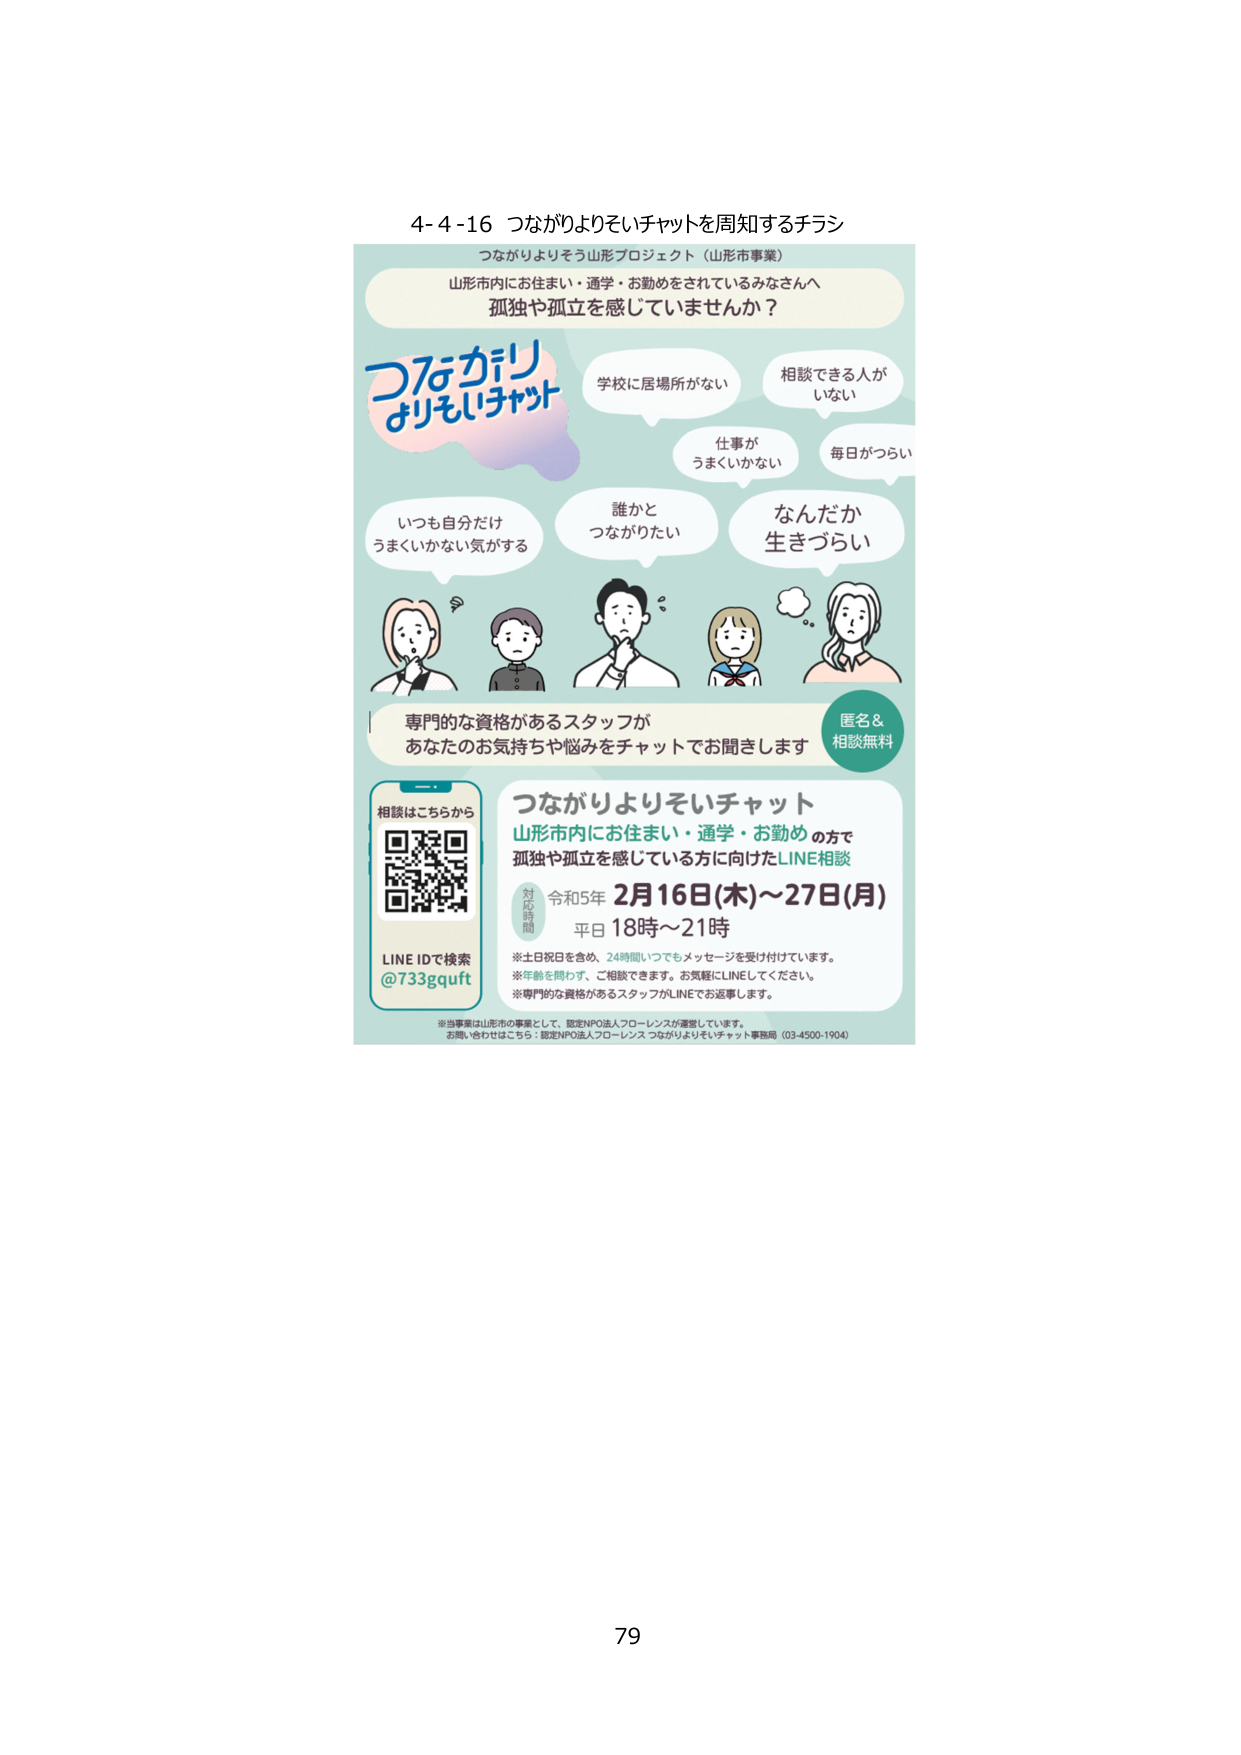
4-4-16 つながりよりそいチャットを周知するチラシ

つながりよりそう形プロジェクト（山形市事業）
山形市内にお住まい・通学・お勤めをされているみなさんへ
孤独や孤立を感じていませんか？

つながり
よりそいチャット

学校に居場所がない
相談できる人が
いない

仕事が
うまくいかない
毎日がつらい

いつも自分だけ
うまくいかない気がする
誰かと
つながりたい
なんだか
生きづらい

専門的な資格があるスタッフが
あなたのお気持ちや悩みをチャットでお聞きします
匿名＆
相談無料

相談はこちらから
LINE IDで検索
@733gquft

つながりよりそいチャット
山形市内にお住まい・通学・お勤めの方で
孤独や孤立を感じている方に向けたLINE相談

対応時間
令和5年 2月16日(木)～27日(月)
平日 18時～21時

※土日祝日を含め、24時間いつでもメッセージを受け付けています。
※年齢を問わず、ご相談できます。お気軽にLINEしてください。
※専門的な資格があるスタッフがLINEでお返事します。

※当事業は山形市の事業として、認定NPO法人フローレンスが運営しています。
お問い合わせはこちら：認定NPO法人フローレンス つながりよりそいチャット事務局 (03-4500-1904)

79